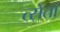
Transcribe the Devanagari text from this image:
त्सेतां